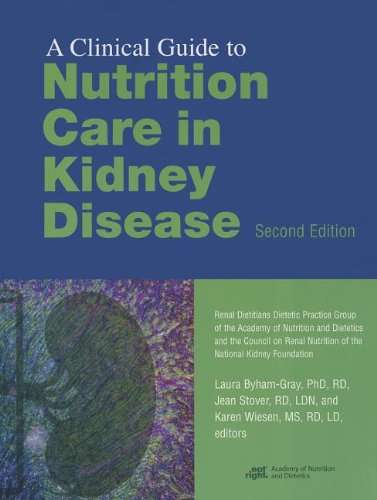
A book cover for Clinical Guide to Nutrition Care in Kidney Disease; Laura Gray-Byham; Medical Books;